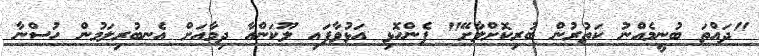
"ދައްތަ ބުނީމެއްނު ކަތުރުން ބުރިކޮށްލާށޭ" ފެންހޮޅި އަޅުވާފައި ލޫކަންއާ ދިމާއަށް އެނބުރިލަމުން ހުސްނާ